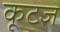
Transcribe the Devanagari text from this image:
कूटज्ञ